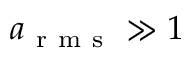
a _ { \mathrm { ~ r ~ m ~ s ~ } } \gg 1